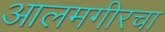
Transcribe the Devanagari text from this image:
आलमगीरचा